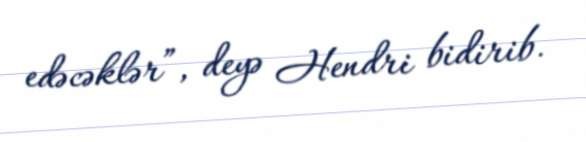
edəcəklər”, deyə Hendri bidirib.